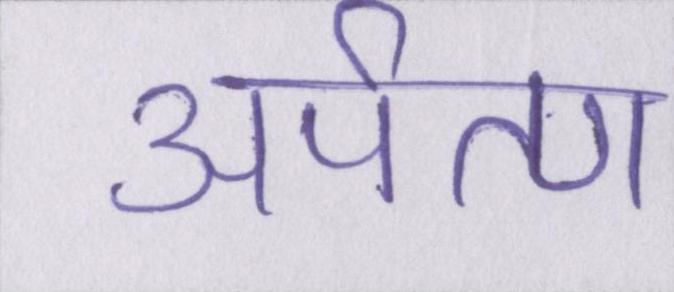
अर्पण